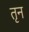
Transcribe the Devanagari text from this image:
तृन